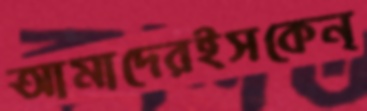
আমাদেরইসকেন্